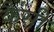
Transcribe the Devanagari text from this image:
कैसीं